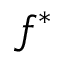
f ^ { * }